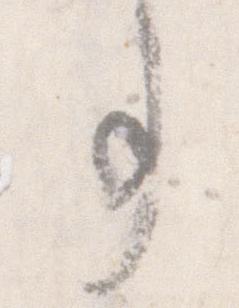
事